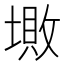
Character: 𡏯